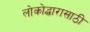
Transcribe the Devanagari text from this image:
लोकोद्धारासाठी